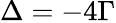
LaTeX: \Delta=-4\Gamma